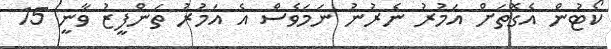
ކޯޓުން އެގޮތަށް އަމުރު ނެރުނު ނަމަވެސް އެ އަމުރު ތަންފީޒު ވާނީ 15